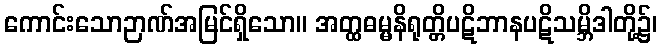
ကောင်းသောဉာဏ်အမြင်ရှိသော။ အတ္ထဓမ္မနိရုတ္တိပဋိဘာနပဋိသမ္ဘိဒါတို့၌၊